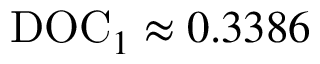
\mathrm { D O C } _ { 1 } \approx 0 . 3 3 8 6